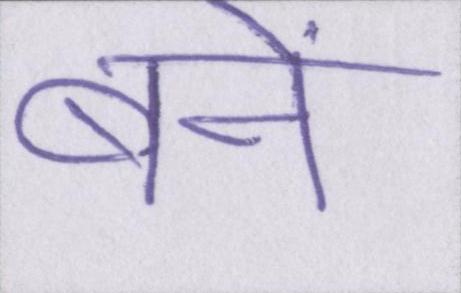
बनें